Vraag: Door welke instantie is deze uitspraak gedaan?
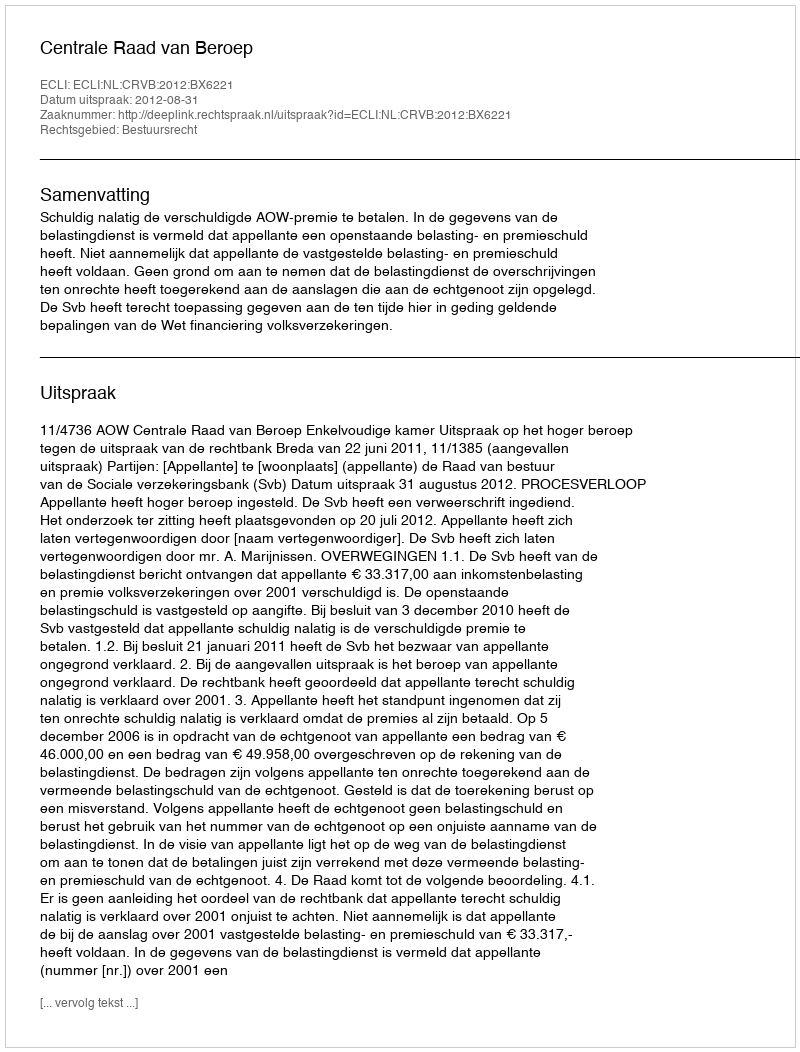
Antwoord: Centrale Raad van Beroep